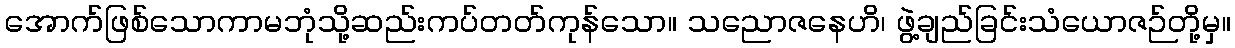
အောက်ဖြစ်သောကာမဘုံသို့ဆည်းကပ်တတ်ကုန်သော။ သညောဇနေဟိ၊ ဖွဲ့ချည်ခြင်းသံယောဇဉ်တို့မှ။